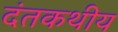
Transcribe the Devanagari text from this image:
दंतकथीय